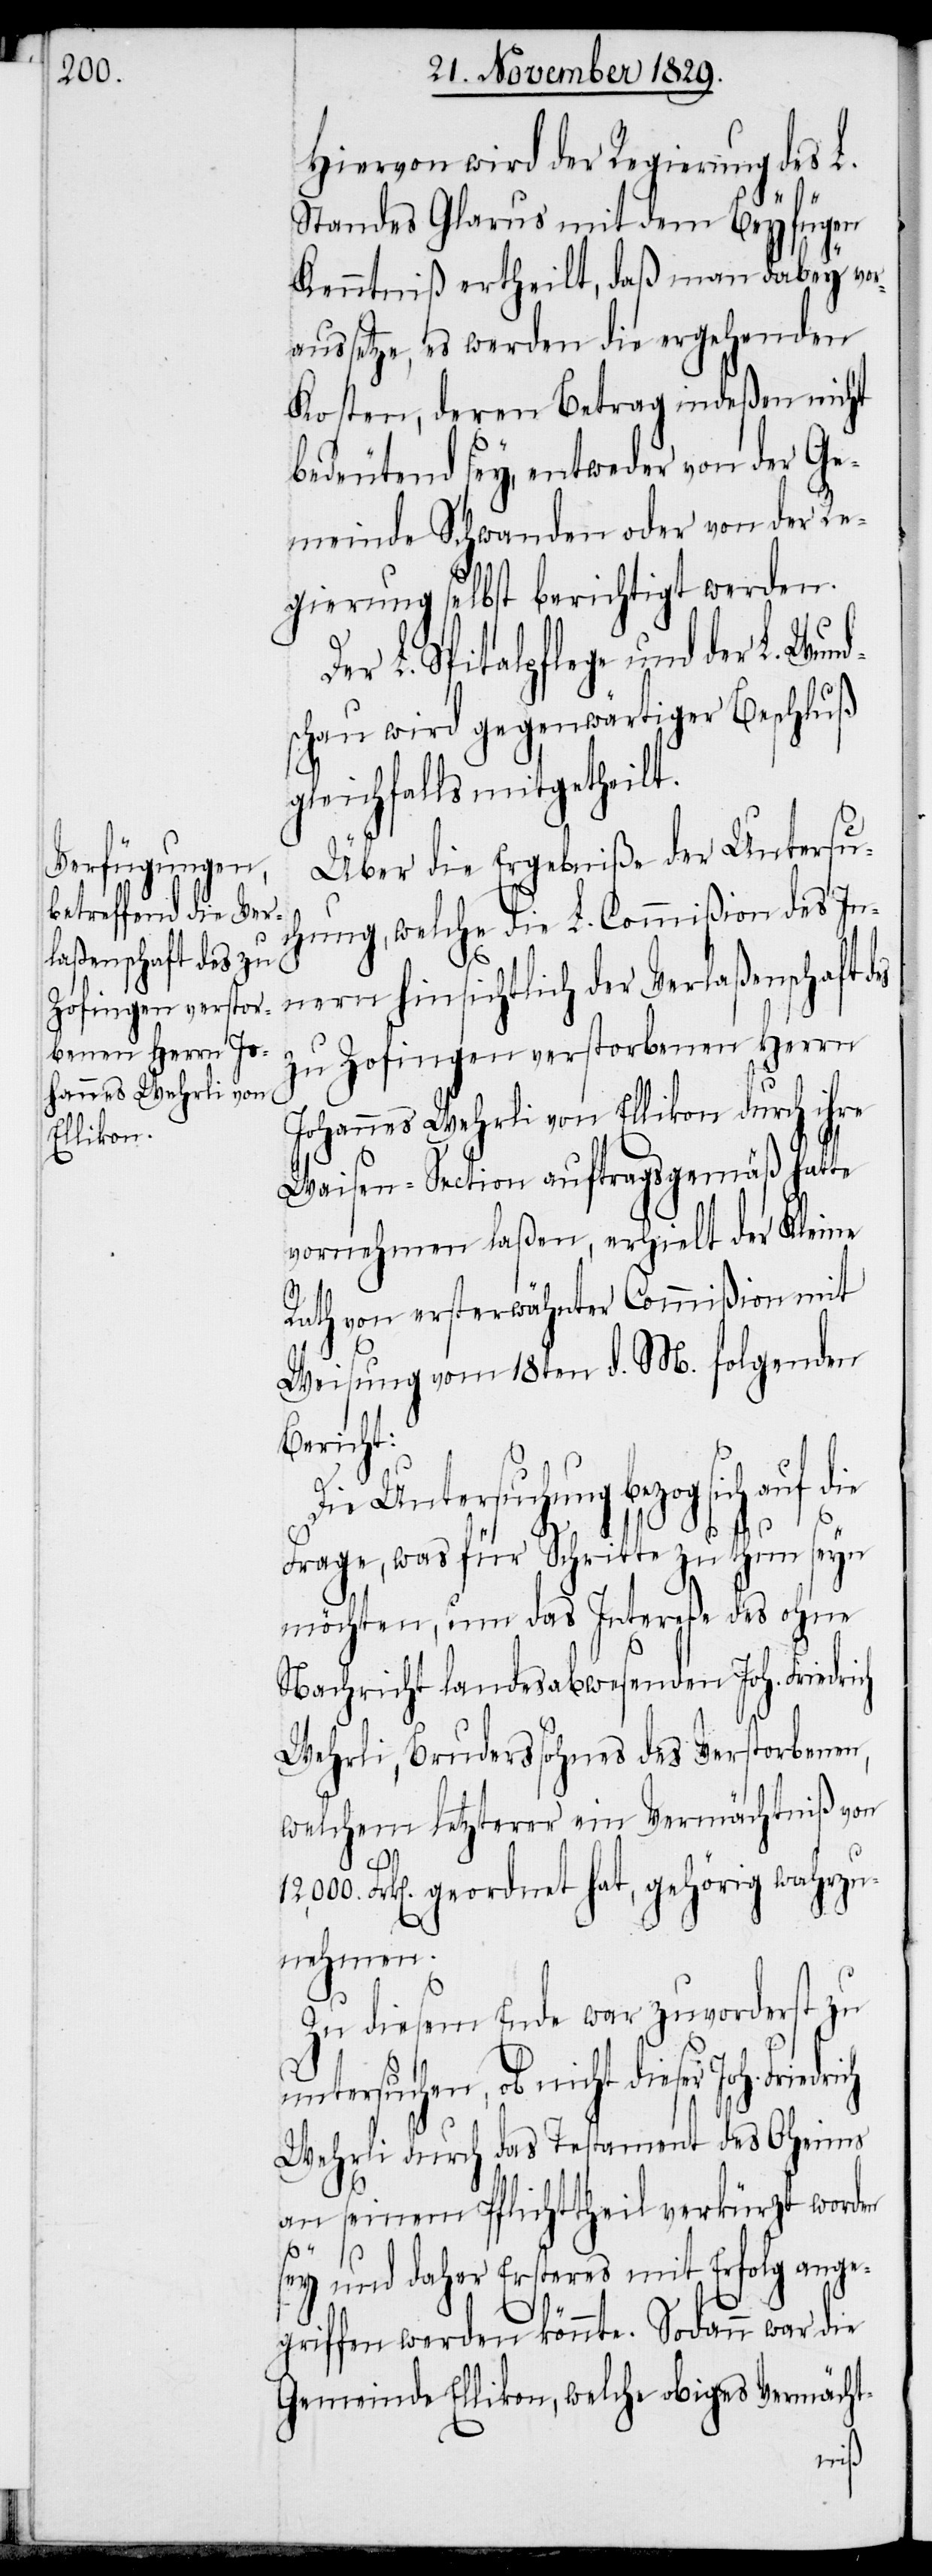
12,000.

Hiervon wird der Regierung des L.
Ver¬
Standes Glarus mit dem Beyfügen
Kenntniß ertheilt, daß man dabey vo¬
raussetze, es werden die ergehenden
Kosten, deren Betrag indeßen nicht
bedeutend sey, entweder von der Ge¬
meinde Schwanden oder von der Re¬
gierung selbst berichtigt werden.
Der L. Spitalpflege und der L. Wund¬
schau wird gegenwärtiger Beschluß
gleichfalls mitgetheilt.
Über die Ergebniße der Untersuc¬
hung, welche die L. Commißion des In¬
laßenschaft des zu
Zofingen verstorbenen Herrn
Johannes Wehrli von Ellikon durch ihre
Waisen-Section auftragsgemäß hatte
vornehmen laßen, erhielt der Kleine
Rath von ersterwähnter Commißion mit
Weisung vom 18ten d. M. folgenden
Bericht:
Die Untersuchung bezog si¬
Frage, was für Schritte zu thun seyn
möchten, um das Intereße des ohne
Nachricht landesabwesenden Joh. Friedrich
Wehrli, Bruderssohnes des Verstorbenen,
welchem letzterer ein Vermächtniß von
ch
auf
die
Frk[en]. geordnet hat, gehörig wahrzu¬
nehmen.
Zu diesem Ende war zuvorderst zu
untersuchen, ob nicht dieser Joh.
Wehrli durch das Testament des Oheims
an seinem Pflichttheil verkürzt worden
sey und daher Ersteres mit Erfolg ange¬
griffen werden könnte. Sodann war die
Gemeinde Ellikon, welche obiges Vermächt-